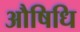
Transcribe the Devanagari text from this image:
औषिधि